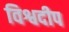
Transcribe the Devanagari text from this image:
विश्वदीप